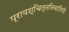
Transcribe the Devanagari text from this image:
प्रायश्चित्तनिवारिणी